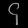
Digit: ၄